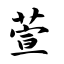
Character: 萱